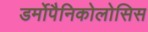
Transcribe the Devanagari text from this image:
डर्मोपैनिकोलोसिस